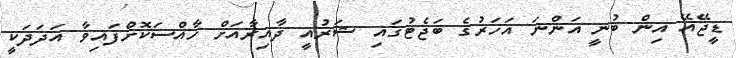
ޑީޖޭއޭ އިން ބުނީ އަންނަ އަހަރުގެ ބަޖެޓުގައި ޝަރުއީ ދާއިރާއަށް ހާއްސަކޮށްފައިވާ އަދަދަކީ